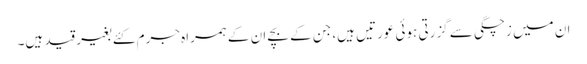
ان میں زچگی سے گزرتی ہوئی عورتیں ہیں، جن کے بچے ان کے ہمراہ جرم کئے بغیر قید ہیں۔